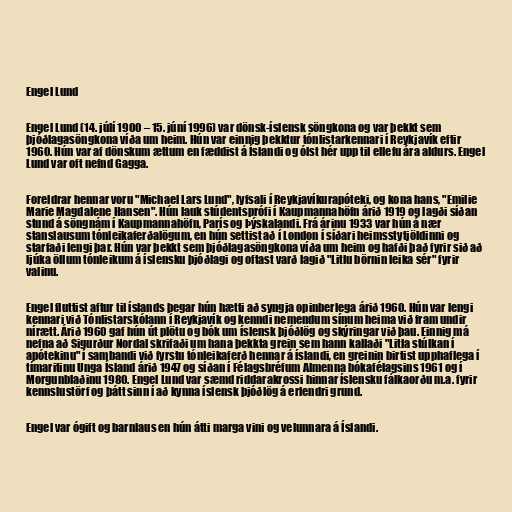
Engel Lund

Engel Lund (14. júlí 1900 – 15. júní 1996) var dönsk-íslensk söngkona og var þekkt sem
þjóðlagasöngkona víða um heim. Hún var einnig þekktur tónlistarkennari í Reykjavík eftir
1960. Hún var af dönskum ættum en fæddist á Íslandi og ólst hér upp til ellefu ára aldurs. Engel
Lund var oft nefnd Gagga.

Foreldrar hennar voru "Michael Lars Lund", lyfsali í Reykjavíkurapóteki, og kona hans, "Emilie
Marie Magdalene Hansen". Hún lauk stúdentsprófi í Kaupmannahöfn árið 1919 og lagði síðan
stund á söngnám í Kaupmannahöfn, París og Þýskalandi. Frá árinu 1933 var hún á nær
stanslausum tónleikaferðalögum, en hún settist að í London í síðari heimsstytjöldinni og
starfaði lengi þar. Hún var þekkt sem þjóðlagasöngkona víða um heim og hafði það fyrir sið að
ljúka öllum tónleikum á íslensku þjóðlagi og oftast varð lagið "Litlu börnin leika sér" fyrir
valinu.

Engel fluttist aftur til íslands þegar hún hætti að syngja opinberlega árið 1960. Hún var lengi
kennari við Tónlistarskólann í Reykjavík og kenndi nemendum sínum heima við fram undir
nírætt. Árið 1960 gaf hún út plötu og bók um íslensk þjóðlög og skýringar við þau. Einnig má
nefna að Sigurður Nordal skrifaði um hana þekkta grein sem hann kallaði "Litla stúlkan í
apótekinu" í sambandi við fyrstu tónleikaferð hennar á íslandi, en greinin birtist upphaflega í
tímaritinu Unga Ísland árið 1947 og síðan í Félagsbréfum Almenna bókafélagsins 1961 og í
Morgunblaðinu 1980. Engel Lund var sæmd riddarakrossi hinnar íslensku fálkaorðu m.a. fyrir
kennslustörf og þátt sinn í að kynna íslensk þjóðlög á erlendri grund.

Engel var ógift og barnlaus en hún átti marga vini og velunnara á Íslandi.